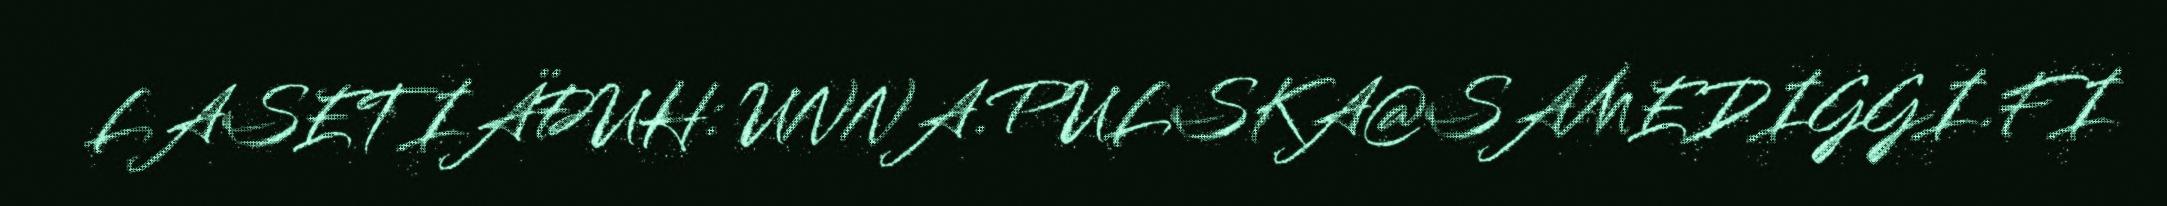
LASETIÄĐUH: UNNA.PULSKA@SAMEDIGGI.FI